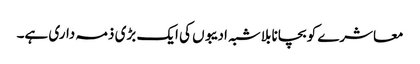
معاشرے کو بچانا بلاشبہ ادیبوں کی ایک بڑی ذمہ داری ہے۔